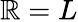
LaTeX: \mathbb{R}=L